Proceedings of the meeting of veterinary officers in India
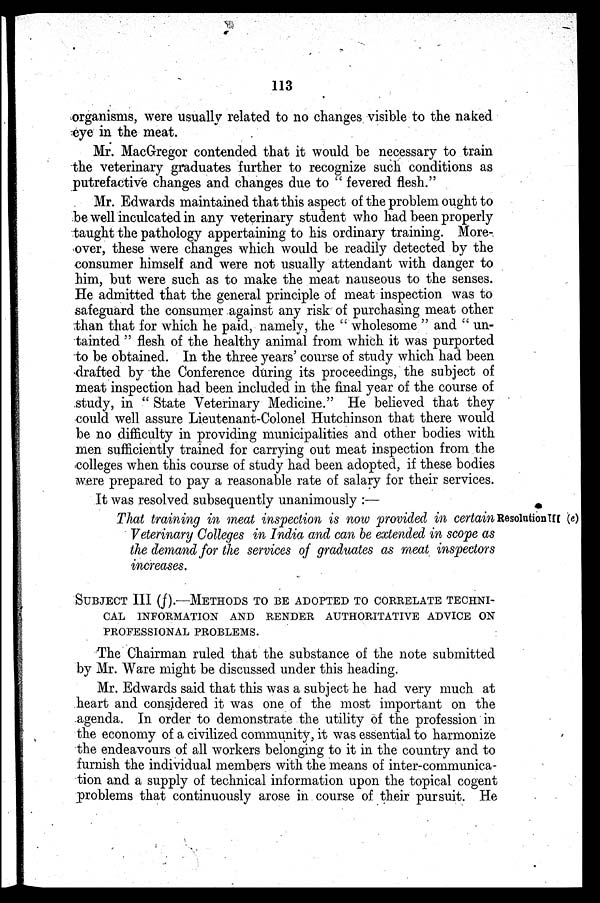
113
organisms, were usually related to no changes visible to the naked
eye in the meat.
Mr. MacGregor contended that it would be necessary to train
the veterinary graduates further to recognize such conditions as
putrefactive changes and changes due to " fevered flesh."
Mr. Edwards maintained that this aspect of the problem ought to
be well inculcated in any veterinary student who had been properly
taught the pathology appertaining to his ordinary training. More-
over, these were changes which would be readily detected by the
consumer himself and were not usually attendant with danger to
him, but were such as to make the meat nauseous to the senses.
He admitted that the general principle of meat inspection was to
safeguard the consumer against any risk of purchasing meat other
than that for which he paid, namely, the " wholesome " and " un-
tainted " flesh of the healthy animal from which it was purported
to be obtained. In the three years' course of study which had been
drafted by the Conference during its proceedings, the subject of
meat inspection had been included in the final year of the course of
study, in " State Veterinary Medicine." He believed that they
could well assure Lieutenant-Colonel Hutchinson that there would
be no difficulty in providing municipalities and other bodies with
men sufficiently trained for carrying out meat inspection from the
colleges when this course of study had been adopted, if these bodies
were prepared to pay a reasonable rate of salary for their services.
It was resolved subsequently unanimously :—
Resolution III (e)
That training in meat inspection is now provided in certain
Veterinary Colleges in India and can be extended in scope as
the demand for the services of graduates as meat inspectors
increases.
SUBJECT III (f).—METHODS TO BE ADOPTED TO CORRELATE TECHNI-
CAL
INFORMATION AND RENDER AUTHORITATIVE ADVICE ON
PROFESSIONAL PROBLEMS.
The Chairman ruled that the substance of the note submitted
by Mr. Ware might be discussed under this heading.
Mr. Edwards said that this was a subject he had very much at
heart and considered it was one of the most important on the
agenda. In order to demonstrate the utility of the profession in
the economy of a civilized community, it was essential to harmonize
the endeavours of all workers belonging to it in the country and to
furnish the individual members with the means of inter-communica-
tion and a supply of technical information upon the topical cogent
problems that continuously arose in course of their pursuit. He